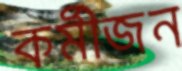
কর্মীজন